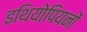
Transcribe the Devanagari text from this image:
इथियोपियनों